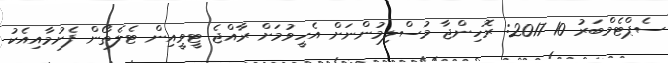
ސެޕްޓެމްބަރު 10 2017: ރޮހިންޖާ މުސްލިމުންނަށް އެހީވުމަށް ރާއްޖެ ޓީވީއިން ޓެލެތޯން ފެށުމާއިއެކު